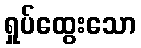
ရှုပ်ထွေးသော